Civil Veterinary Department. Central Provinces & Berar 1925-31 - 1925-1931
Year: 1925
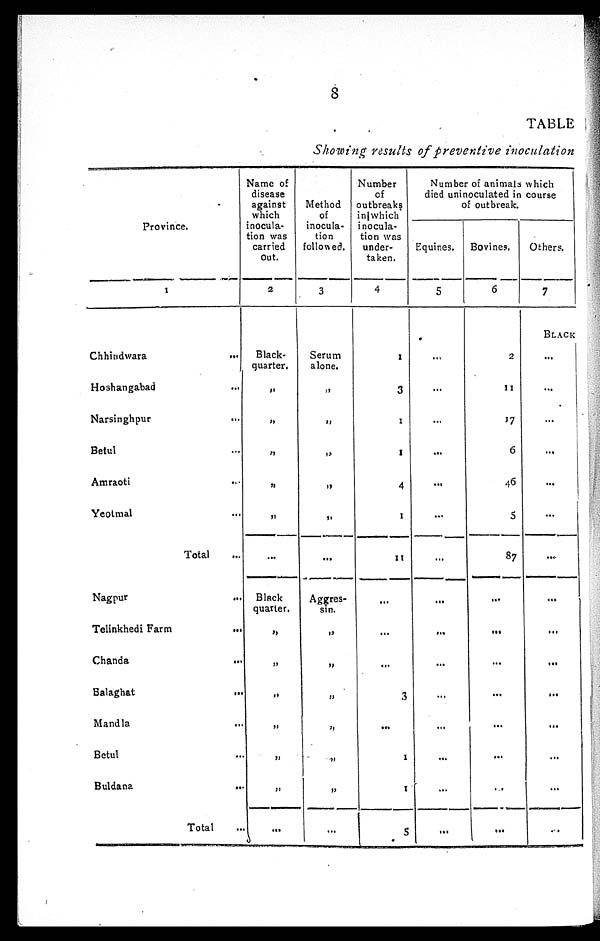
8
TABLE
Showing results of preventive inoculation
Province.
1
Chhindwara
...
Hoshangabad ...
Narsinghpur
...
Betul ...
Amraoti ...
Yeotmal ...
Total ...
Nagpur ...
Telinkhedi Farm
...
Chanda ...
Balaghat
...
Mandla ...
Betul ...
Buldana
...
Total ...
Name of
disease
against
which
inocula-
tion was
carried
Out.
2
Black¬
quarter.
„
„
„
„
„
...
Black
quarter.
„
„
„
„
„
„
...
Method
of
inocula-
tion
followed.
3
Serum
alone.
„
„
„
„
„
...
Aggres¬
sin.
„
„
„
„
„
„
...
Number
of
outbreaks
in which
inocula-
tion was
under-
taken.
4
1
3
1
1
4
1
11
...
...
...
3
...
1
1
5
Number of animals which
died uninoculated in course
of outbreak.
Equines.
5
...
...
...
...
...
...
...
...
...
...
...
...
...
...
...
Bovines.
6
2
11
17
6
46
5
87
...
...
...
...
...
...
...
...
Others.
7
BLACK
...
...
...
...
...
...
...
...
...
...
...
...
...
...
...